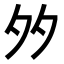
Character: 𡖇